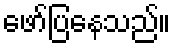
ဖော်ပြနေသည်။